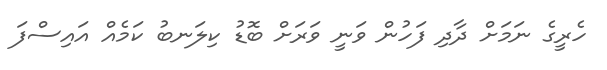
ހެރީގެ ނަމަށް ދާދި ފަހުން ވަނީ ވަރަށް ބޮޑު ކިލަނބު ކަމެއް އައިސްފަ